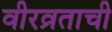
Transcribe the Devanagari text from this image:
वीरव्रताची